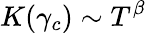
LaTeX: K(\gamma_{c})\sim T^{\beta}